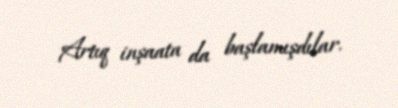
Artıq inşaata da başlamışdılar.